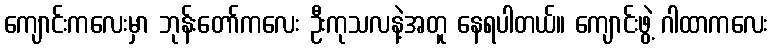
ကျောင်းကလေးမှာ ဘုန်းတော်ကလေး ဦးကုသလနဲ့အတူ နေရပါတယ်။ ကျောင်းဖွဲ့ ဂါထာကလေး